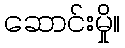
ဆောင်းမှို။